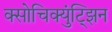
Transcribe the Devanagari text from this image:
क्सोचिक्युंट्झिन